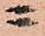
ニ